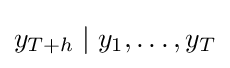
y_{T+h}\mid y_{1},\dots ,y_{T}